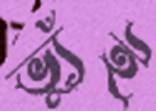
ভ্যুঁই